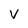
Character: V